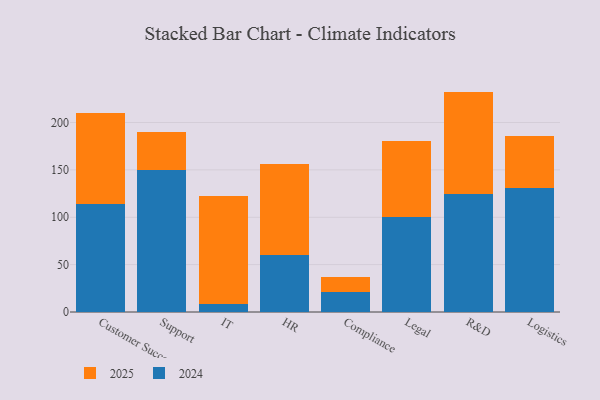
{"axis": {"x": "Department", "y": "Inventory Turnover"}, "legend": ["2024", "2025"], "data": [{"x": "Customer Success", "y": 114.1, "type": "2024"}, {"x": "Customer Success", "y": 95.4, "type": "2025"}, {"x": "Support", "y": 150.0, "type": "2024"}, {"x": "Support", "y": 39.6, "type": "2025"}, {"x": "IT", "y": 8.8, "type": "2024"}, {"x": "IT", "y": 113.5, "type": "2025"}, {"x": "HR", "y": 60.2, "type": "2024"}, {"x": "HR", "y": 95.9, "type": "2025"}, {"x": "Compliance", "y": 21.3, "type": "2024"}, {"x": "Compliance", "y": 15.6, "type": "2025"}, {"x": "Legal", "y": 100.5, "type": "2024"}, {"x": "Legal", "y": 79.6, "type": "2025"}, {"x": "R&D", "y": 124.7, "type": "2024"}, {"x": "R&D", "y": 107.9, "type": "2025"}, {"x": "Logistics", "y": 130.4, "type": "2024"}, {"x": "Logistics", "y": 55.8, "type": "2025"}]}